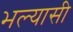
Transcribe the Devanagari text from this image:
भल्यासी